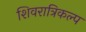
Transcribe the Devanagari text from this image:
शिवरात्रिकल्प